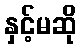
နှင့်မဆို